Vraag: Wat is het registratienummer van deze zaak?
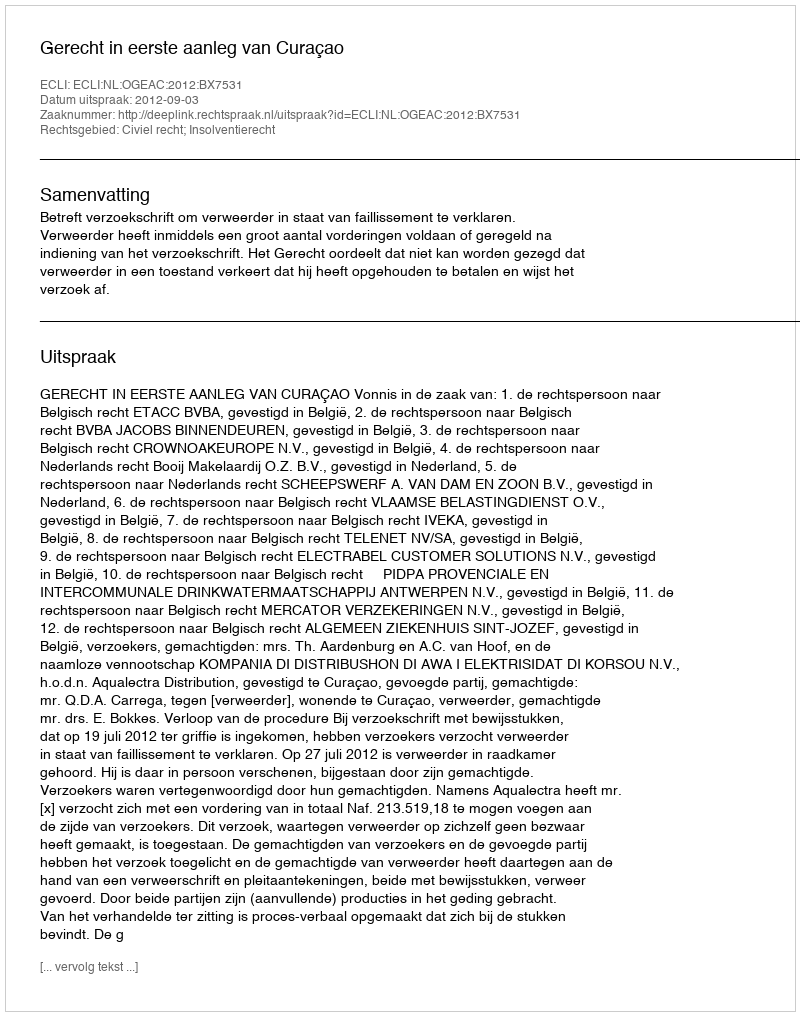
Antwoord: http://deeplink.rechtspraak.nl/uitspraak?id=ECLI:NL:OGEAC:2012:BX7531